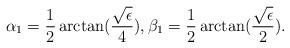
LaTeX: \begin{align*}\alpha_{1}=\frac{1}{2}\arctan(\frac{\sqrt{\epsilon}}{4}), \beta_{1}=\frac{1}{2}\arctan(\frac{\sqrt{\epsilon}}{2}).\end{align*}